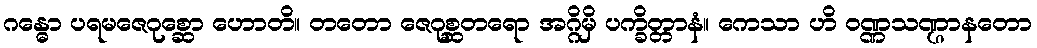
ဂန္ဓော ပရမဇေဂုစ္ဆော ဟောတိ။ တတော ဇေဂုစ္ဆတရော အဂ္ဂိမှိ ပက္ခိတ္တာနံ။ ကေသာ ဟိ ဝဏ္ဏသဏ္ဌာနတော